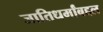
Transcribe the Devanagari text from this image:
जातिधर्मांबद्दल